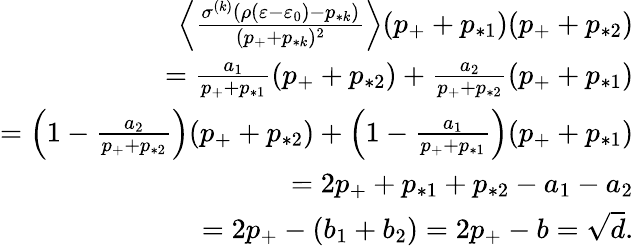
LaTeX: \begin{array}{r}{\Big\langle\frac{\sigma^{(k)}(\rho(\varepsilon-\varepsilon_{0})-p_{*k})}{(p_{+}+p_{*k})^{2}}\Big\rangle(p_{+}+p_{*1})(p_{+}+p_{*2})}\\ {=\frac{a_{1}}{p_{+}+p_{*1}}(p_{+}+p_{*2})+\frac{a_{2}}{p_{+}+p_{*2}}(p_{+}+p_{*1})}\\ {=\Big(1-\frac{a_{2}}{p_{+}+p_{*2}}\Big)(p_{+}+p_{*2})+\Big(1-\frac{a_{1}}{p_{+}+p_{*1}}\Big)(p_{+}+p_{*1})}\\ {=2p_{+}+p_{*1}+p_{*2}-a_{1}-a_{2}}\\ {=2p_{+}-(b_{1}+b_{2})=2p_{+}-b=\sqrt{d}.}\end{array}